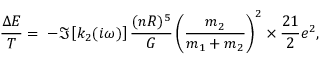
\frac { \Delta E } { T } = \; - \Im \left[ k _ { 2 } ( i \omega ) \right] \frac { ( n R ) ^ { 5 } } { G } \left( \frac { m _ { 2 } } { m _ { 1 } + m _ { 2 } } \right) ^ { 2 } \times \frac { 2 1 } { 2 } e ^ { 2 } ,